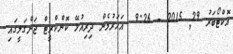
އޮކްޓޯބަރު 29